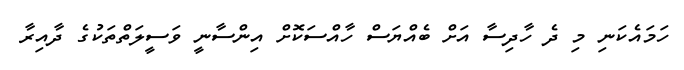
ހަމައެކަނި މި ދެ ހާދިސާ އަށް ބެއްޔަސް ހާއްސަކޮށް އިންސާނީ ވަސީލަތްތަކުގެ ދާއިރާ